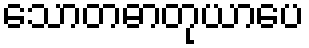
သောတဓာတုယာပေ